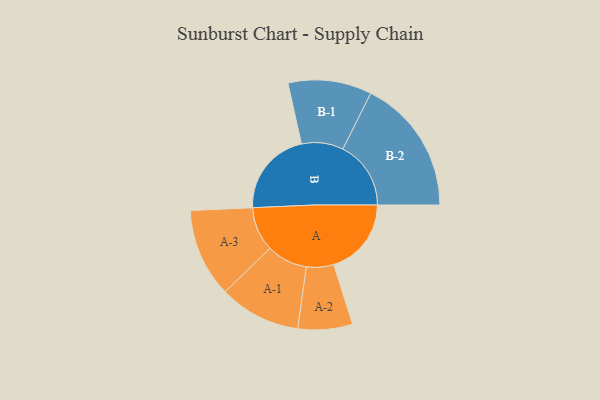
{"axis": {"x": "Segment", "y": "Value"}, "legend": ["", "A", "B"], "data": [{"x": "A", "y": 299, "type": ""}, {"x": "B", "y": 330, "type": ""}, {"x": "A-1", "y": 157, "type": "A"}, {"x": "A-2", "y": 105, "type": "A"}, {"x": "A-3", "y": 171, "type": "A"}, {"x": "B-1", "y": 161, "type": "B"}, {"x": "B-2", "y": 262, "type": "B"}]}